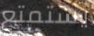
يستمتع